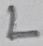
Text: L